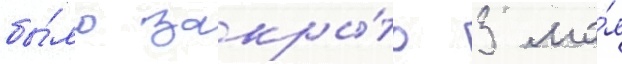
бы́ло закры́то 3 ма́я